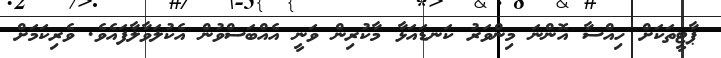
ޕާޓީތަކަށް ހިއްސާ އޮންނަ މިންވަރު ކަނޑައަޅާ މާކުރިން ވަނީ އެއްބަސްވުން އެކުލަވާލާފައެވެ. ވެރިކަމަށް